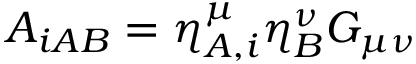
A _ { i A B } = \eta _ { A , i } ^ { \mu } \eta _ { B } ^ { \nu } { \cal G } _ { \mu \nu }